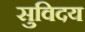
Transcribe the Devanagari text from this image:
सुविदय